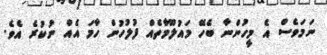
ނަމަވެސް އެ މީހުންނާ ބެހޭ މައުލޫމާތެއް ފުލުހުން ހާމަ އެއް ނުކުރެ އެވެ.